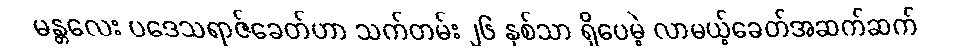
မန္တလေး ပဒေသရာဇ်ခေတ်ဟာ သက်တမ်း ၂၆ နှစ်သာ ရှိပေမဲ့ လာမယ့်ခေတ်အဆက်ဆက်